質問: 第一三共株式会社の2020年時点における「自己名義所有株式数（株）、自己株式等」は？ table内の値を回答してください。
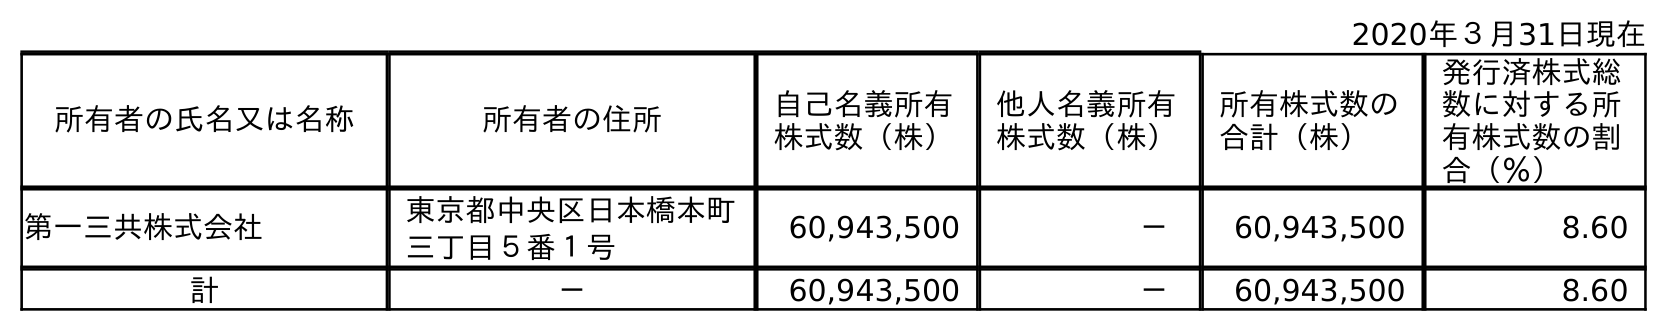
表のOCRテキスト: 2020年３月31日現在 所有者の氏名又は名称 所有者の住所 自己名義所有 株式数（株） 他人名義所有 株式数（株） 所有株式数の 合計（株） 発行済株式総 数に対する所 有株式数の割 合（％） 第一三共株式会社 東京都中央区日本橋本町 三丁目５番１号 60,943,500 － 60,943,500 8.60 計 － 60,943,500 － 60,943,500 8.60
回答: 60,943,500